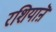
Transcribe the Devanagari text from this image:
रशियाऩॆ